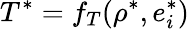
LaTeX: T^{*}=f_{T}(\rho^{*},e_{i}^{*})